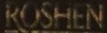
ROSHEN